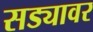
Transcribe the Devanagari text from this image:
सड्यावर